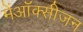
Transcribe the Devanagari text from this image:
मेंऑक्सीजन